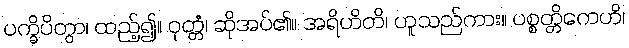
ပက္ခိပိတွာ၊ ထည့်၍။ ဝုတ္တံ၊ ဆိုအပ်၏။ အရိဟိတိ၊ ဟူသည်ကား။ ပစ္စတ္တိကေဟိ၊